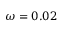
\protect \omega = 0 . 0 2